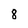
Character: 8